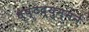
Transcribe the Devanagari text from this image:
धृष्टद्युम्नने